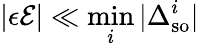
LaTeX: |\epsilon\mathcal{E}|\ll\operatorname*{min}_{i}|\Delta_{\mathrm{so}}^{i}|